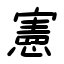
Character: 憲